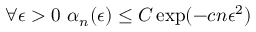
\forall \epsilon > 0 \, \, \alpha _ { n } ( \epsilon ) \leq C \exp ( - c n \epsilon ^ { 2 } )